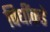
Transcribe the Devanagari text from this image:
विधींकडे